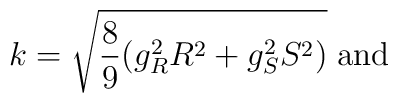
k = \sqrt{ \frac{8}{9}(g_R^2 R^2+ g_S^2 S^2)} \; {\rm and} \;